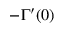
- \Gamma ^ { \prime } ( 0 )